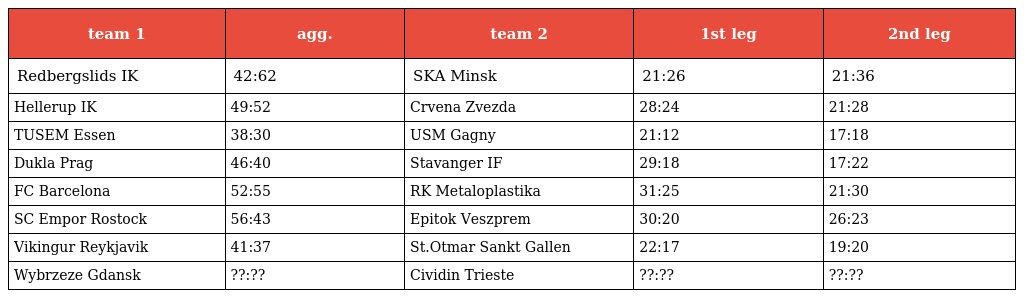
| team 1 | agg. | team 2 | 1st leg | 2nd leg |
 | --- | --- | --- | --- | --- |
 | Redbergslids IK | 42:62 | SKA Minsk | 21:26 | 21:36 |
 | Hellerup IK | 49:52 | Crvena Zvezda | 28:24 | 21:28 |
 | TUSEM Essen | 38:30 | USM Gagny | 21:12 | 17:18 |
 | Dukla Prag | 46:40 | Stavanger IF | 29:18 | 17:22 |
 | FC Barcelona | 52:55 | RK Metaloplastika | 31:25 | 21:30 |
 | SC Empor Rostock | 56:43 | Epitok Veszprem | 30:20 | 26:23 |
 | Vikingur Reykjavik | 41:37 | St.Otmar Sankt Gallen | 22:17 | 19:20 |
 | Wybrzeze Gdansk | ??:?? | Cividin Trieste | ??:?? | ??:?? |